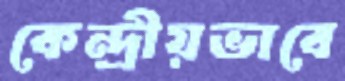
কেন্দ্রীয়ভাবে